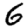
Digit: 6